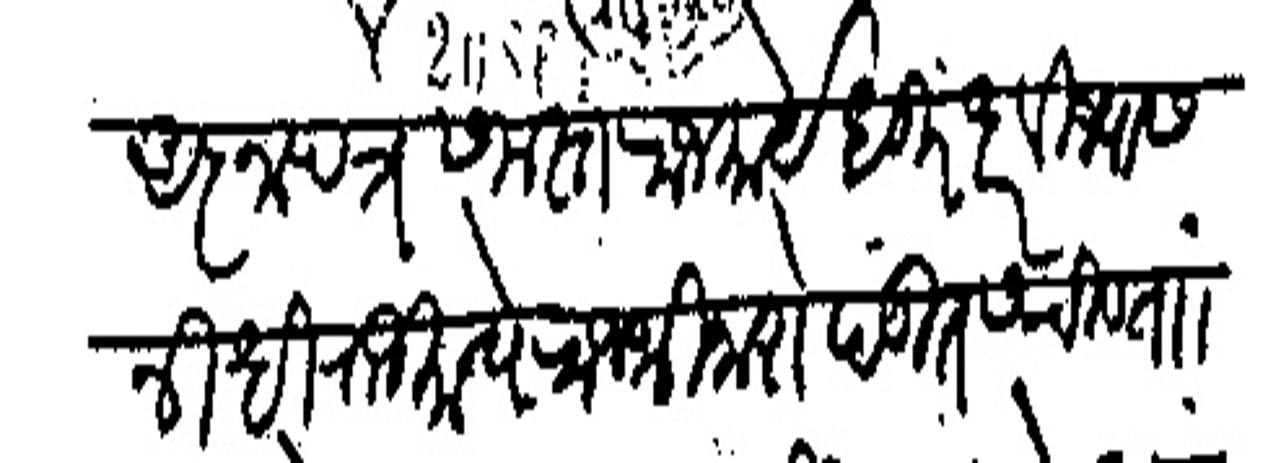
Transliteration (Devanagari): आज्ञापत्र समस्त राजकार्य धुरधर विश्वास निधी राजमान्ये राजश्री नारोपडीत सचिव ताा